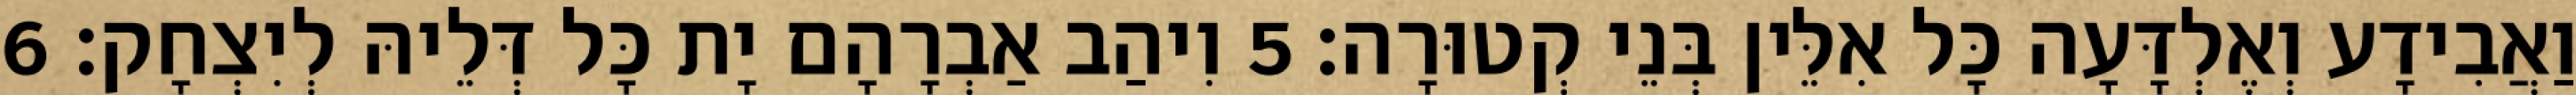
וַאֲבִידָע וְאֶלְדָּעָה כָּל אִלֵּין בְּנֵי קְטוּרָה׃ 5 וִיהַב אַבְרָהָם יָת כָּל דְּלֵיהּ לְיִצְחָק׃ 6